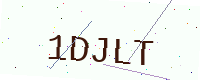
Text: 1DJLT